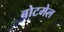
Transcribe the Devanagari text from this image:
बोटमेल